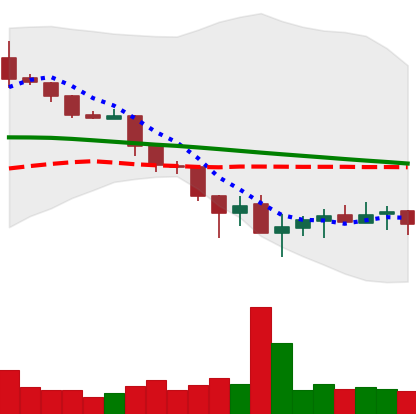
Ticker: XLM-USD
Chart end date: 2019-12-01
Forward return: -5.258%
Label: down_5_7